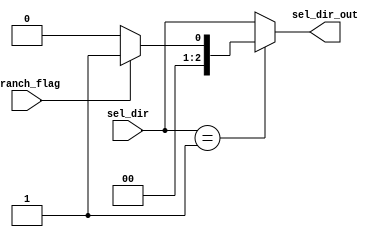
module Branch_Control(sel_dir, branch_flag, sel_dir_out);

input wire [2:0] sel_dir;
input wire branch_flag;
output reg [2:0] sel_dir_out;


always@*
begin
if(sel_dir==2'b01)
		begin
			if (branch_flag)
				begin
					sel_dir_out=2'b01;
				end
			else 
				begin
					sel_dir_out=2'b00;
				end
		end
else 
	begin
		sel_dir_out=sel_dir;
	end
end
endmodule